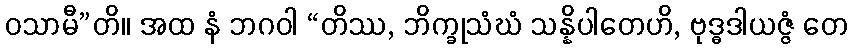
ဝသာမီ”တိ။ အထ နံ ဘဂဝါ “တိဿ, ဘိက္ခုသံဃံ သန္နိပါတေဟိ, ဗုဒ္ဓဒါယဇ္ဇံ တေ